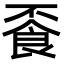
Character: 䬩